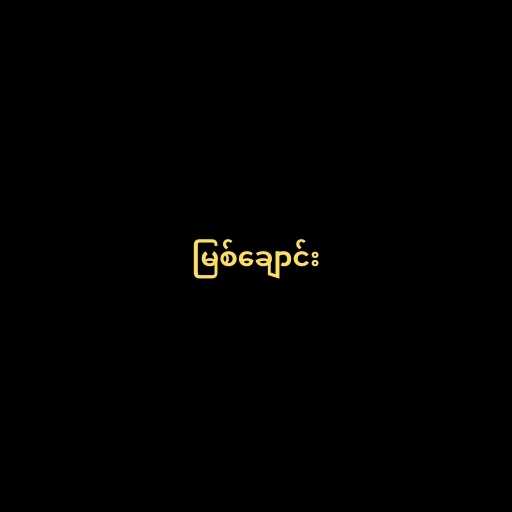
မြစ်ချောင်း